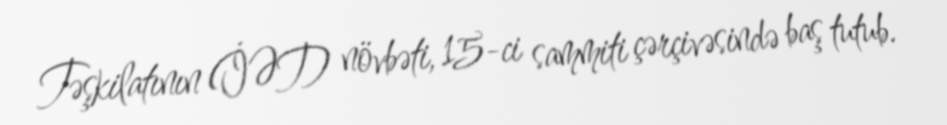
Təşkilatının (İƏT) növbəti, 15-ci sammiti çərçivəsində baş tutub.